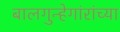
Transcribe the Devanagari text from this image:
बालगुन्हेगांरांच्या